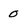
Character: 0